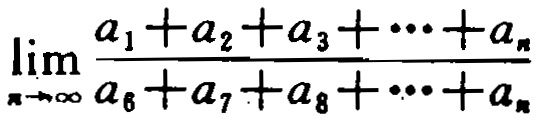
\(\lim_{n \to \infty} \frac{a_{1}+a_{2}+a_{3}+\cdots +a_{n}}{a_{6}+a_{7}+a_{8}+\cdots +a_{n}}\)